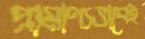
প্রামাণ্যভাবেই